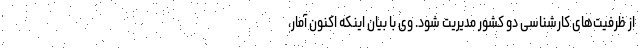
از ظرفیت‌های کارشناسی دو کشور مدیریت شود. وی با بیان اینکه اکنون آمار،